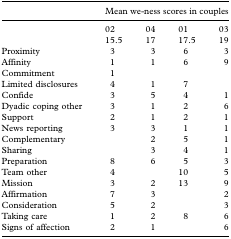
<table><thead><tr><td></td><td colspan="4"><b>Mean we-ness scores in couples</b></td></tr></thead><tbody><tr><td></td><td>02</td><td>04</td><td>01</td><td>03</td></tr><tr><td></td><td>15.5</td><td>17</td><td>17.5</td><td>19</td></tr><tr><td>Proximity</td><td>3</td><td>3</td><td>6</td><td>3</td></tr><tr><td>Affinity</td><td>1</td><td>1</td><td>6</td><td>9</td></tr><tr><td>Commitment</td><td>1</td><td></td><td></td><td></td></tr><tr><td>Limited disclosures</td><td>4</td><td>1</td><td>7</td><td></td></tr><tr><td>Confide</td><td>3</td><td>5</td><td>4</td><td>1</td></tr><tr><td>Dyadic coping other</td><td>3</td><td>1</td><td>2</td><td>6</td></tr><tr><td>Support</td><td>2</td><td>1</td><td>2</td><td>1</td></tr><tr><td>News reporting</td><td>3</td><td>3</td><td>1</td><td>1</td></tr><tr><td>Complementary</td><td></td><td>2</td><td>5</td><td>1</td></tr><tr><td>Sharing</td><td></td><td>3</td><td>4</td><td>1</td></tr><tr><td>Preparation</td><td>8</td><td>6</td><td>5</td><td>3</td></tr><tr><td>Team other</td><td>4</td><td></td><td>10</td><td>5</td></tr><tr><td>Mission</td><td>3</td><td>2</td><td>13</td><td>9</td></tr><tr><td>Affirmation</td><td>7</td><td>3</td><td></td><td>2</td></tr><tr><td>Consideration</td><td>5</td><td>2</td><td></td><td>3</td></tr><tr><td>Taking care</td><td>1</td><td>2</td><td>8</td><td>6</td></tr><tr><td>Signs of affection</td><td>2</td><td>1</td><td></td><td>6</td></tr></tbody></table>